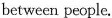
between people.